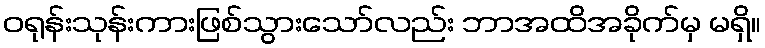
ဝရုန်းသုန်းကားဖြစ်သွားသော်လည်း ဘာအထိအခိုက်မှ မရှိ။